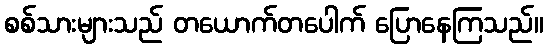
စစ်သားများသည် တယောက်တပေါက် ပြောနေကြသည်။